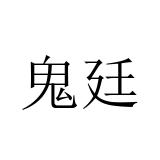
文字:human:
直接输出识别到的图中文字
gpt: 鬼廷